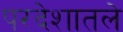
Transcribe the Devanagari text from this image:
परदेशातले